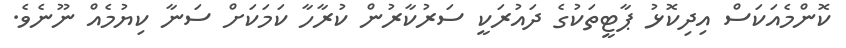
ކޮންމެއަކަސް އިދިކޮޅު ޕާޓީތަކުގެ ދައުރަކީ ސަރުކާރުން ކުރާހާ ކަމަކަށް ސަނާ ކިޔުމެއް ނޫނެވެ.